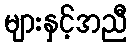
များနှင့်အညီ